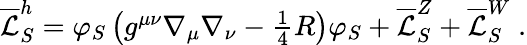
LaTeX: \begin{array}{r}{\overline{{\mathcal{L}}}_{S}^{h}=\varphi_{S}\left(g^{\mu\nu}\nabla_{\mu}\nabla_{\nu}-\frac{1}{4}R\right)\varphi_{S}+\overline{{\mathcal{L}}}_{S}^{Z}+\overline{{\mathcal{L}}}_{S}^{W}\; .}\end{array}